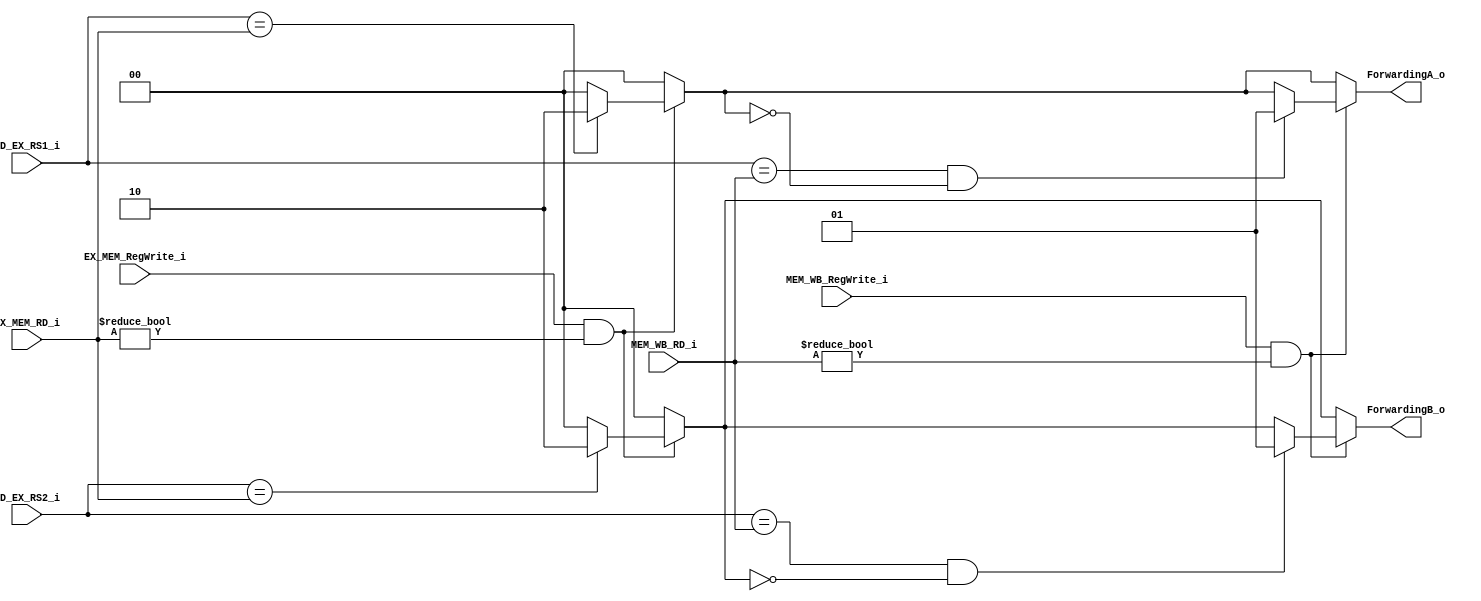
module Forwarding(
    ID_EX_RS1_i,
    ID_EX_RS2_i,
    EX_MEM_RD_i,
    EX_MEM_RegWrite_i,
    MEM_WB_RD_i,
    MEM_WB_RegWrite_i,
    ForwardingA_o,
    ForwardingB_o
);

input [4:0] ID_EX_RS1_i, ID_EX_RS2_i, EX_MEM_RD_i, MEM_WB_RD_i;
input EX_MEM_RegWrite_i, MEM_WB_RegWrite_i;
output [1:0] ForwardingA_o, ForwardingB_o;

reg [1:0] tmpA, tmpB;
assign ForwardingA_o = tmpA;
assign ForwardingB_o = tmpB;

always @(*) begin
    
    tmpA = 2'b00;
    tmpB = 2'b00;

    if (EX_MEM_RegWrite_i == 1'b1 && EX_MEM_RD_i != 5'b0) begin
        if (ID_EX_RS1_i == EX_MEM_RD_i) begin
            tmpA = 2'b10;
        end
        if (ID_EX_RS2_i == EX_MEM_RD_i) begin
            tmpB = 2'b10;
        end
    end

    if (MEM_WB_RegWrite_i == 1'b1 && MEM_WB_RD_i != 5'b0) begin
        if (ID_EX_RS1_i == MEM_WB_RD_i && tmpA == 2'b00) begin
            tmpA = 2'b01;
        end
        if (ID_EX_RS2_i == MEM_WB_RD_i && tmpB == 2'b00) begin
            tmpB = 2'b01;
        end
    end
end

endmodule